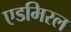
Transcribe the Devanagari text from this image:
एडमिरल